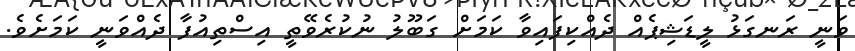
ވަނީ ރަނގަޅު ލީޑަޝިޕެއް ދެއްކިފައިވާ ކަމަށް ގަބޫލު ނުކުރެވޭތީ އިސްތިއުފާ ދެއްވަނީ ކަމަށެވެ.